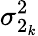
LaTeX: \sigma_{2_{k}}^{2}